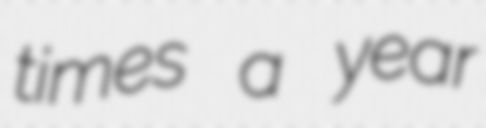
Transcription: times a year